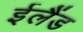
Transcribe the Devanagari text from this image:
ईलैंड